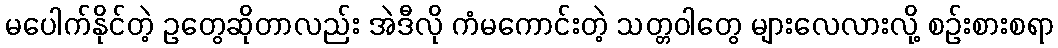
မပေါက်နိုင်တဲ့ ဥတွေဆိုတာလည်း အဲဒီလို ကံမကောင်းတဲ့ သတ္တဝါတွေ များလေလားလို့ စဉ်းစားစရာ